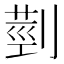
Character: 𦳲